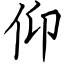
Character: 仰